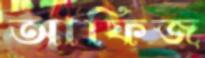
আফিজ